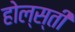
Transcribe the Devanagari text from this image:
होल्स्ती